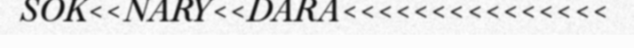
SOK<<NARY<<DARA<<<<<<<<<<<<<<<